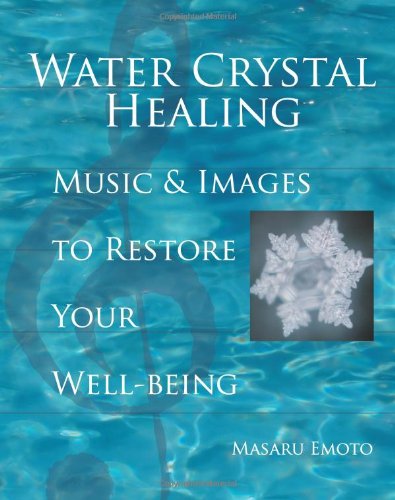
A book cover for Water Crystal Healing: Music and Images to Restore Your Well-Being; Masaru Emoto; Science & Math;